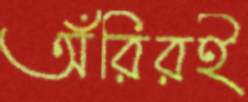
অঁরিরই